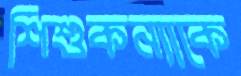
শিশুকন্যাকে